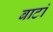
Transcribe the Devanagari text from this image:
बाटां